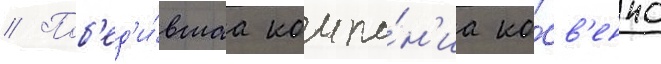
// Поб'ед'и́вшаа компа́н'иа ко́св'енно